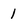
Character: 1